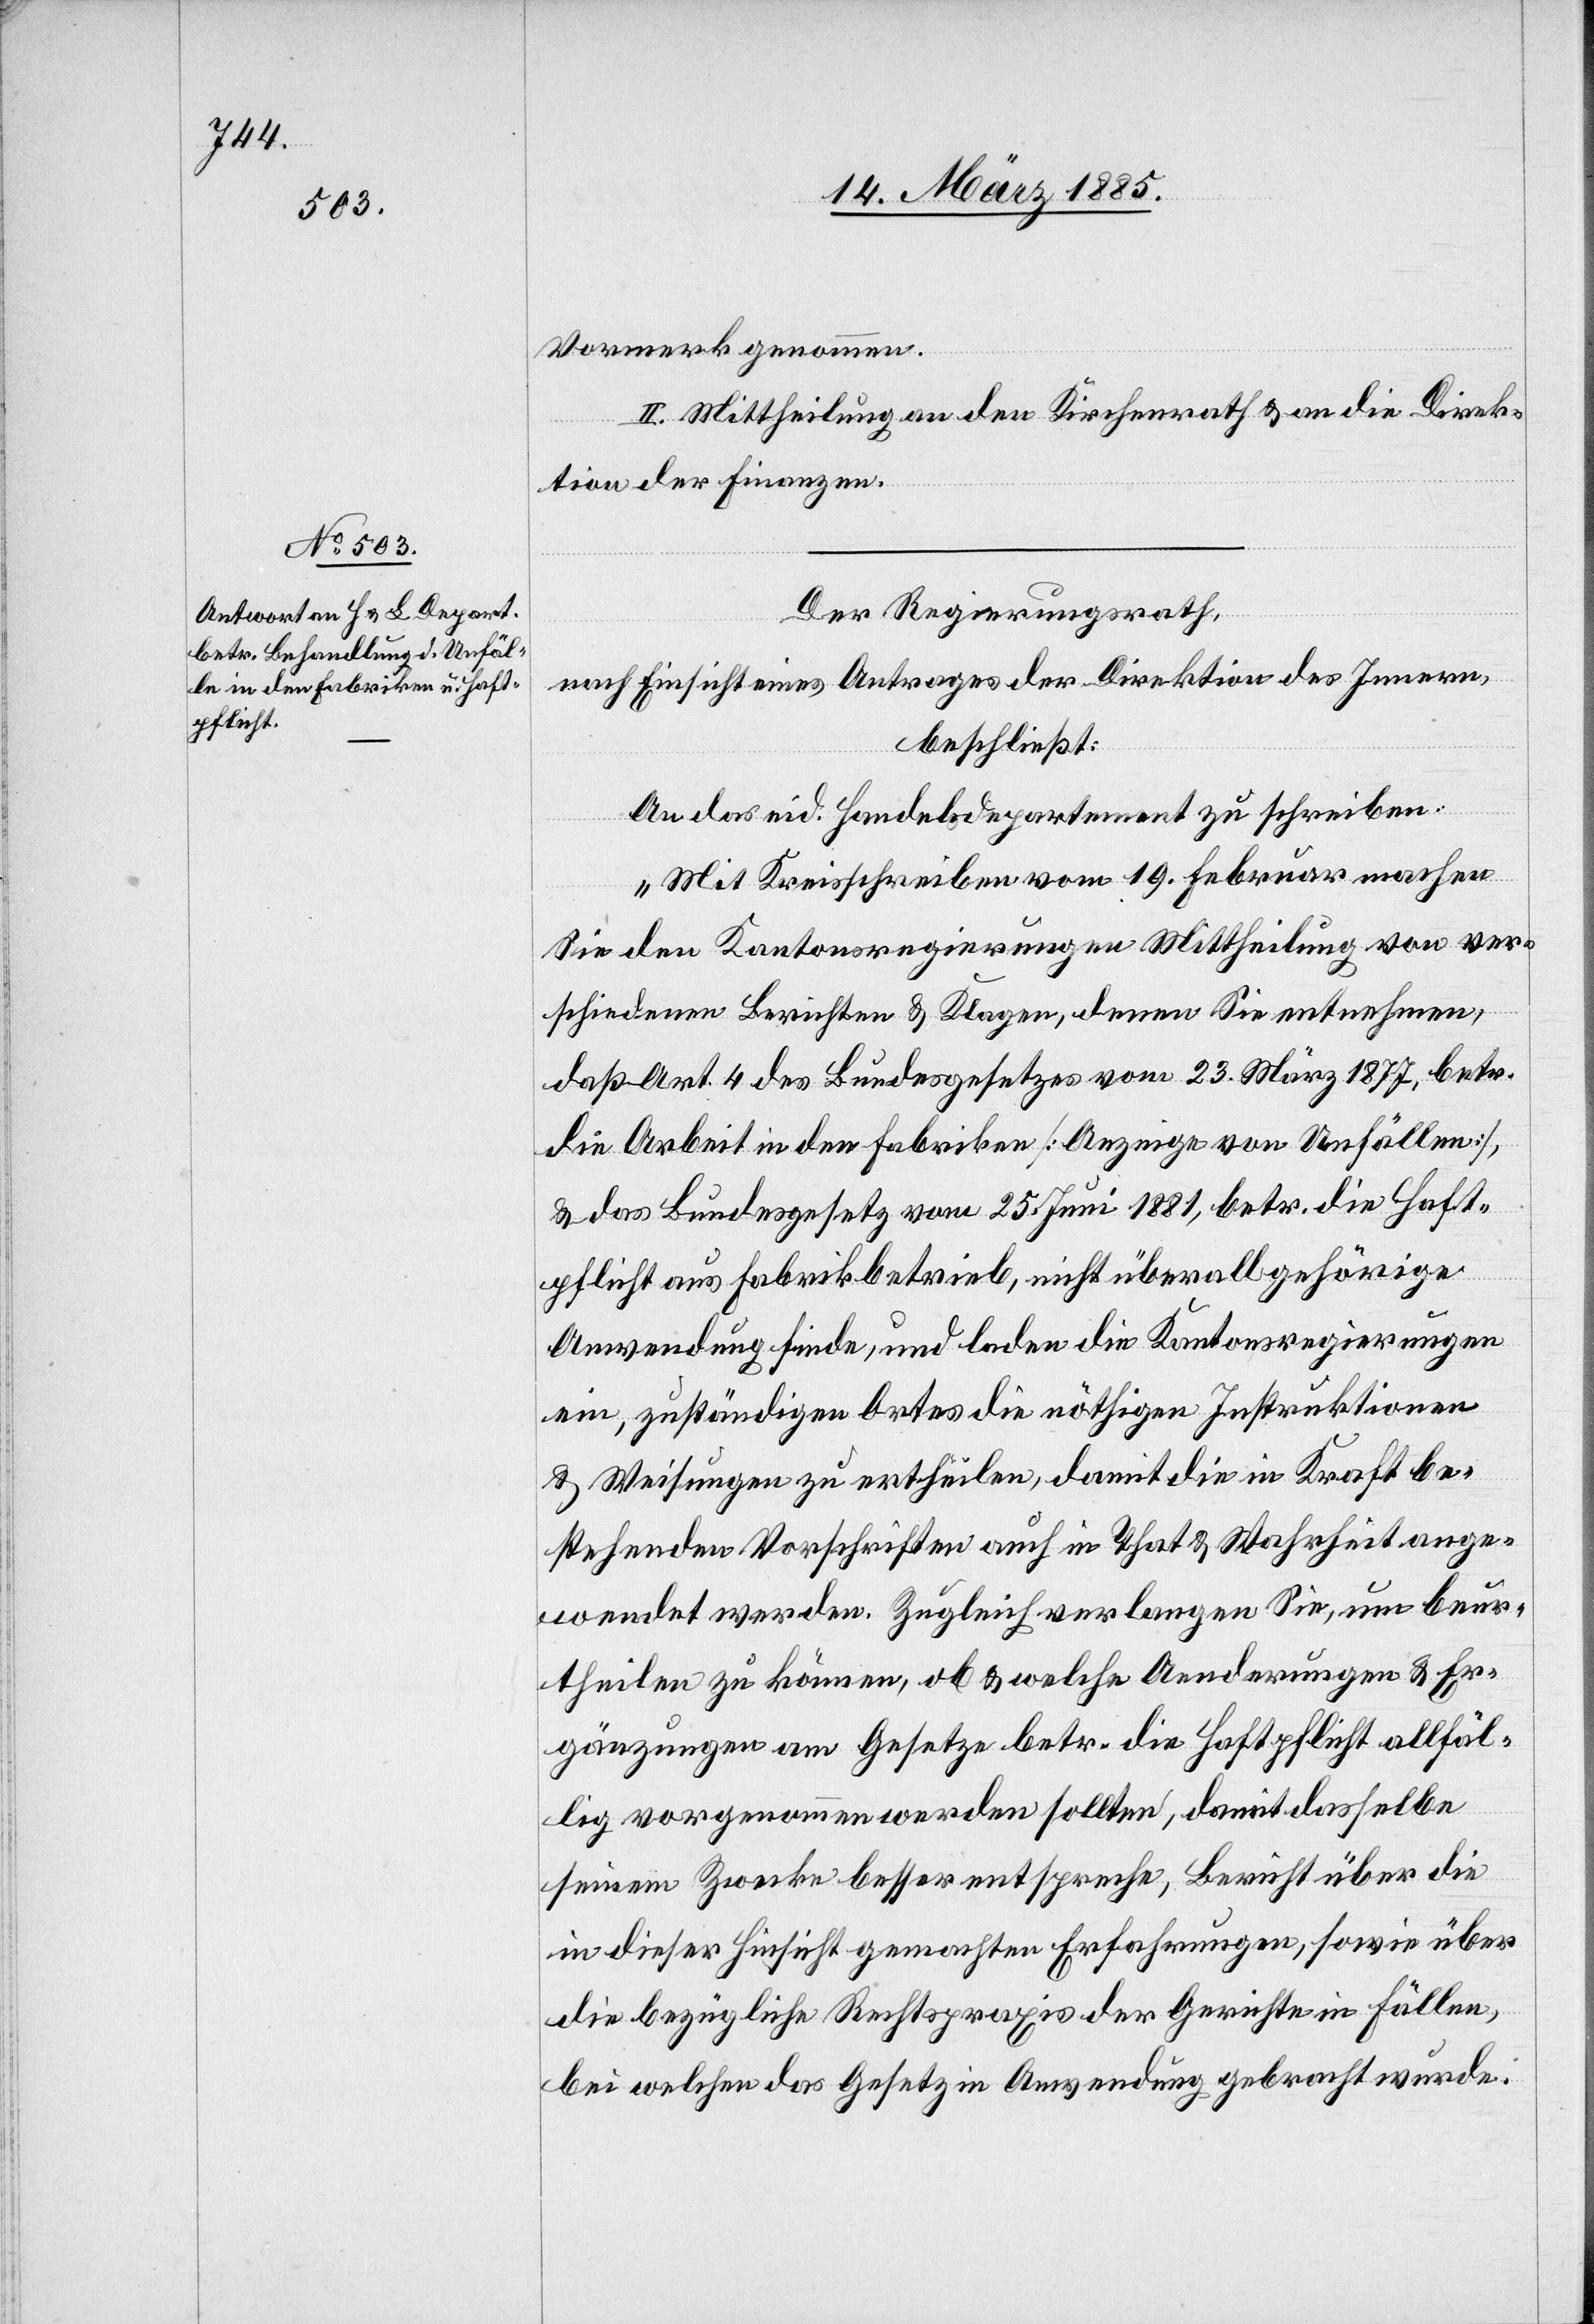
Vormerk genommen.
II. Mittheilung an den Kirchenrath & an die Direk¬
tion der Finanzen.
Der Regierungsrath,
nach Einsicht eines Antrages der Direktion des Innern,
beschließt:
An das eid. Handelsdepartement zu schreiben:
„Mit Kreisschreiben vom 19. Februar machen
Sie den Kantonsregierungen Mittheilung von ver¬
schiedenen Berichten & Klagen, denen Sie entnehmen,
daß Art. 4 des Bundesgesetzes vom 23. März 1877, betr.
die Arbeit in den Fabriken [Anzeige von Umfällen],
& das Bundesgesetz vom 25. Juni 1881, betr. die Haft¬
pflicht aus Fabrikbetrieb, nicht überall gehörige
Anwendung finde, und laden die Kantonsregierungen
ein, zuständigen Ortes die nöthigen Instruktionen
& Weisungen zu ertheilen damit die in Kraft be¬
stehenden Vorschriften auch in That & Wahrheit ange¬
wendet werden. Zugleich verlangen Sie, um beur¬
theilen zu können, ob & welche Aenderungen & Er¬
gänzungen am Gesetze betr. die Haftpflicht allfäl¬
lig vorgenommen werden sollten, damit dasselbe
seinem Zwecke besser entspreche, Bericht über die
in dieser Hinsicht gemachten Erfahrungen, sowie über
die bezügliche Rechtspraxis der Gerichte in Fällen,
bei welchen das Gesetz in Anwendung gebracht wurde.